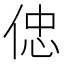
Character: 𠊞